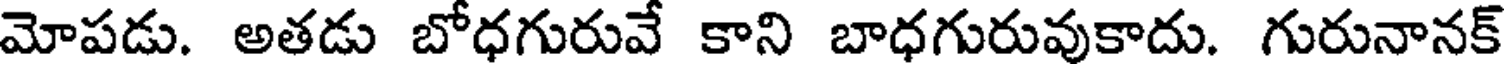
మోపడు. అతడు బోధగురువే కాని బాధగురువుకాదు. గురునానక్